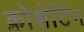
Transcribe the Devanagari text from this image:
क्रोशेटिंग